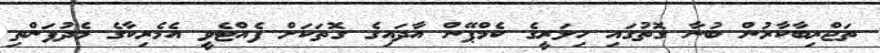
ތަޖްރިބާކާރުން ބުނާ ގޮތުގައި ހިލަރީގެ ކެމްޕޭން އާދައިގެ ގޮތަކަށް ފެއްޓެވީ އެމެރިކާގެ މެދުފަންތި